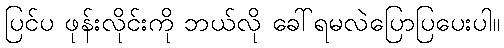
ပြင်ပ ဖုန်းလိုင်းကို ဘယ်လို ခေါ်ရမလဲပြောပြပေးပါ။